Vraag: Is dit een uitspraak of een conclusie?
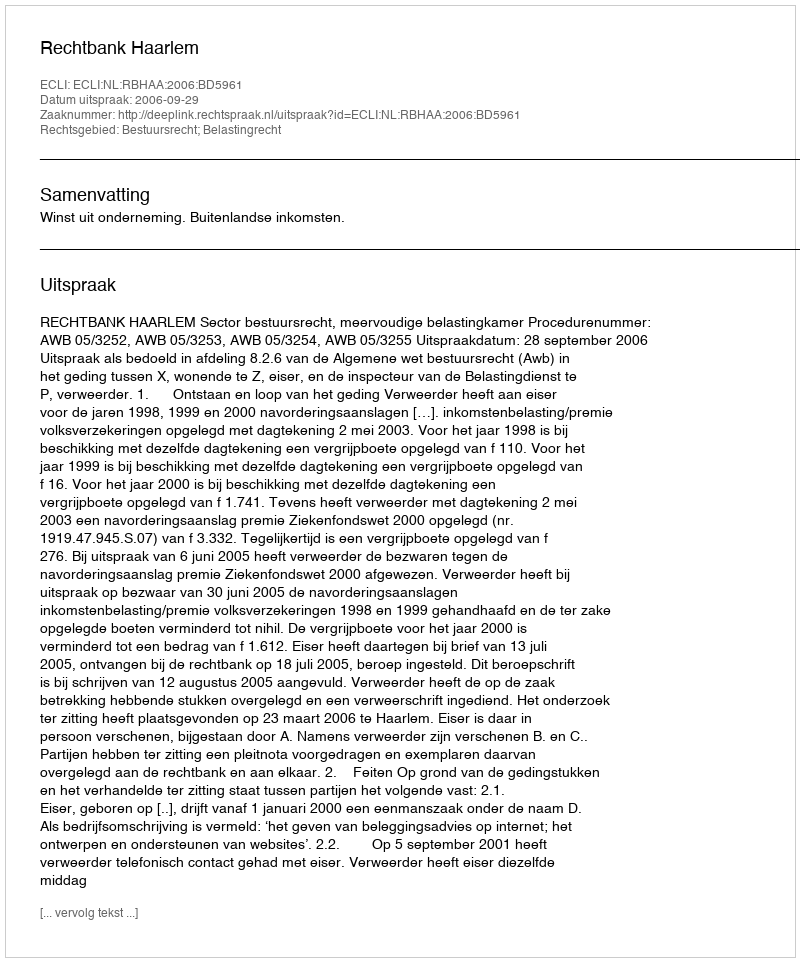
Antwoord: Uitspraak